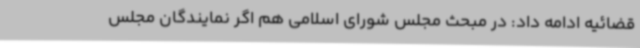
قضائیه ادامه داد: در مبحث مجلس شورای اسلامی هم اگر نمایندگان مجلس